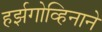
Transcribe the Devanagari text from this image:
हर्झगोव्हिनाने